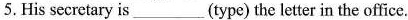
5.Hissecretary is___(type)the letter in the office.